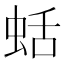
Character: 蛞